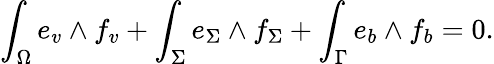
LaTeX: \int_{\Omega}e_{v}\wedge f_{v}+\int_{\Sigma}e_{\Sigma}\wedge f_{\Sigma}+\int_{\Gamma}e_{b}\wedge f_{b}=0.